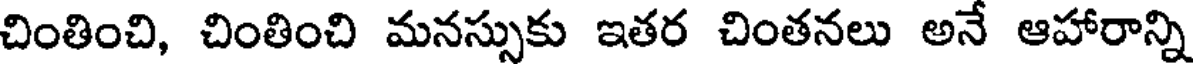
చింతించి, చింతించి మనస్సుకు ఇతర చింతనలు అనే ఆహారాన్ని